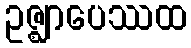
ဥဇ္ဈာပေဿထ